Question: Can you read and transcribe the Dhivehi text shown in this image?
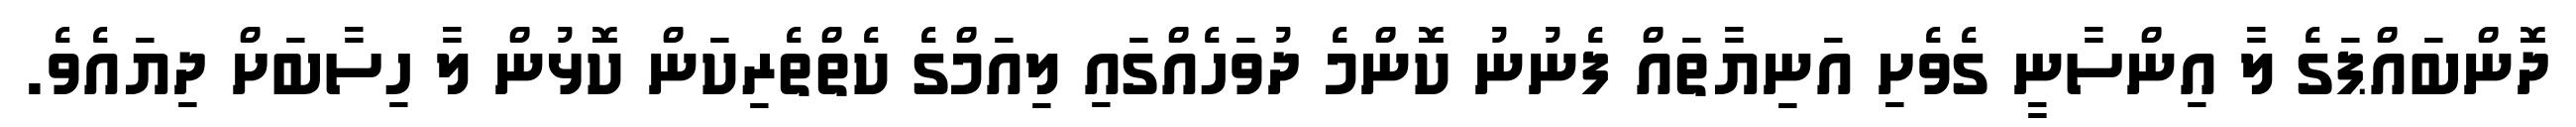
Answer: ދޮންބައްޕަގެ ލާ އިންސާނީ ގެވެށި އަނިޔާތައް ފެނުނު ކޮންމެ ދުވަހެއްގައި ލިއަމްގެ ކެތްތެރިކަން ކޮޅުން ލާ ހިސާބަށް ދިޔައެވެ.